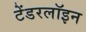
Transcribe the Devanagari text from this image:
टेंडरलॉइन